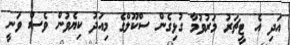
އަދި އެ ޓީޗަރު މަރުވުމާ ގުޅިގެން ސްކޫލްގެ މިއަދު ކިޔެވުން ވެސް ވަނީ